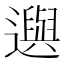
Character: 𨘕